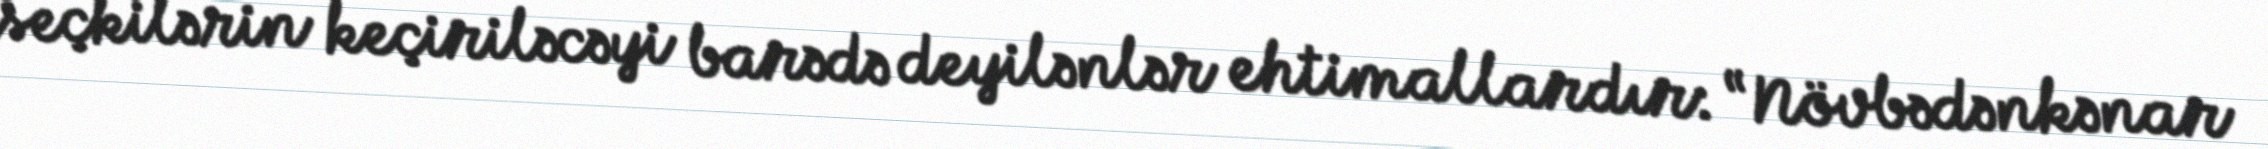
seçkilərin keçiriləcəyi barədə deyilənlər ehtimallardır: “Növbədənkənar